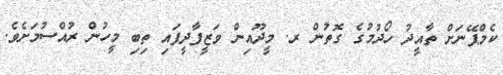
ކެމްޕޭނަށް ތާއީދު ހޯދުމުގެ ގޮތުން ރ. މީދޫއިން ވަޒީފާދީފައި ތިބި މީހުން ރުއްސުމަށެވެ.